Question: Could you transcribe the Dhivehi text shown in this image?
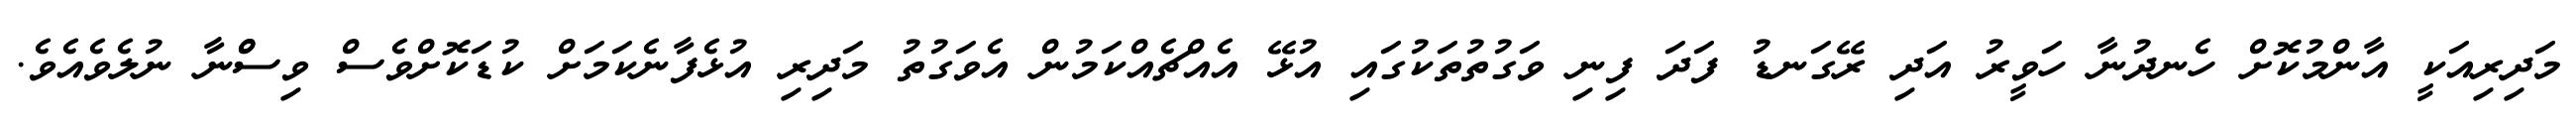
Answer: މަދިރިއަކީ އާންމުކޮށް ހެނދުނާ ހަވީރު އަދި ރޭގަނޑު ފަދަ ފިނި ވަގުތުތަކުގައި އުޅޭ އެއްޗެއްކަމުން އެވަގުތު މަދިރި އުޅެފާނެކަމަށް ކުޑަކޮށްވެސް ވިސްްނާ ނުލެވެއެވެ.